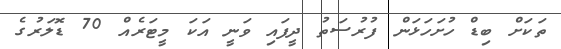
ތަކަށް ބިޑް ހުށަހަޅަން ފުރުސަތު ދީފައި ވަނީ އަކަ މީޓަރެއް 70 ޑޮލަރުގެ